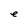
Character: e